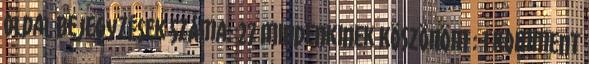
oldal Bejegyzések száma: 27 Mindenkinek KÖSZÖNÖM : 1 komment